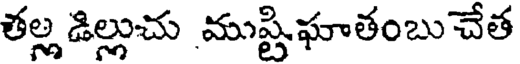
తల్ల డిల్లుచు ముష్టిఘాతంబు చేత